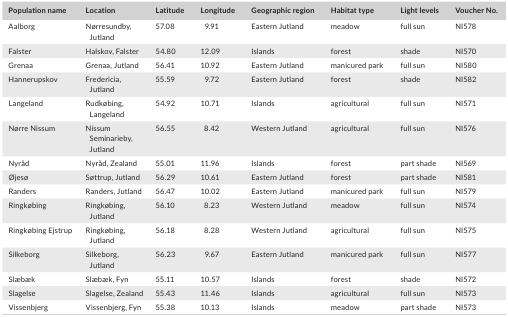
<table><thead><tr><td><b>Population name</b></td><td><b>Location</b></td><td><b>Latitude</b></td><td><b>Longitude</b></td><td><b>Geographic region</b></td><td><b>Habitat type</b></td><td><b>Light levels</b></td><td><b>Voucher No.</b></td></tr></thead><tbody><tr><td>Aalborg</td><td>Nørresundby, Jutland</td><td>57.08</td><td>9.91</td><td>Eastern Jutland</td><td>meadow</td><td>full sun</td><td>NI578</td></tr><tr><td>Falster</td><td>Halskov, Falster</td><td>54.80</td><td>12.09</td><td>Islands</td><td>forest</td><td>shade</td><td>NI570</td></tr><tr><td>Grenaa</td><td>Grenaa, Jutland</td><td>56.41</td><td>10.92</td><td>Eastern Jutland</td><td>manicured park</td><td>full sun</td><td>NI580</td></tr><tr><td>Hannerupskov</td><td>Fredericia, Jutland</td><td>55.59</td><td>9.72</td><td>Eastern Jutland</td><td>forest</td><td>shade</td><td>NI582</td></tr><tr><td>Langeland</td><td>Rudkøbing, Langeland</td><td>54.92</td><td>10.71</td><td>Islands</td><td>agricultural</td><td>full sun</td><td>NI571</td></tr><tr><td>Nørre Nissum</td><td>Nissum Seminarieby, Jutland</td><td>56.55</td><td>8.42</td><td>Western Jutland</td><td>agricultural</td><td>full sun</td><td>NI576</td></tr><tr><td>Nyråd</td><td>Nyråd, Zealand</td><td>55.01</td><td>11.96</td><td>Islands</td><td>forest</td><td>part shade</td><td>NI569</td></tr><tr><td>Øjesø</td><td>Søttrup, Jutland</td><td>56.29</td><td>10.61</td><td>Eastern Jutland</td><td>forest</td><td>part shade</td><td>NI581</td></tr><tr><td>Randers</td><td>Randers, Jutland</td><td>56.47</td><td>10.02</td><td>Eastern Jutland</td><td>manicured park</td><td>full sun</td><td>NI579</td></tr><tr><td>Ringkøbing</td><td>Ringkøbing, Jutland</td><td>56.10</td><td>8.23</td><td>Western Jutland</td><td>meadow</td><td>full sun</td><td>NI574</td></tr><tr><td>Ringkøbing Ejstrup</td><td>Ringkøbing, Jutland</td><td>56.18</td><td>8.28</td><td>Western Jutland</td><td>agricultural</td><td>full sun</td><td>NI575</td></tr><tr><td>Silkeborg</td><td>Silkeborg, Jutland</td><td>56.23</td><td>9.67</td><td>Eastern Jutland</td><td>manicured park</td><td>full sun</td><td>NI577</td></tr><tr><td>Slæbæk</td><td>Slæbæk, Fyn</td><td>55.11</td><td>10.57</td><td>Islands</td><td>forest</td><td>shade</td><td>NI572</td></tr><tr><td>Slagelse</td><td>Slagelse, Zealand</td><td>55.43</td><td>11.46</td><td>Islands</td><td>agricultural</td><td>full sun</td><td>NI573</td></tr><tr><td>Vissenbjerg</td><td>Vissenbjerg, Fyn</td><td>55.38</td><td>10.13</td><td>Islands</td><td>meadow</td><td>part shade</td><td>NI573</td></tr></tbody></table>